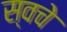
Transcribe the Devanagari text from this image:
स्वचे